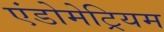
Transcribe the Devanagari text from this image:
एंडोमेट्रियम